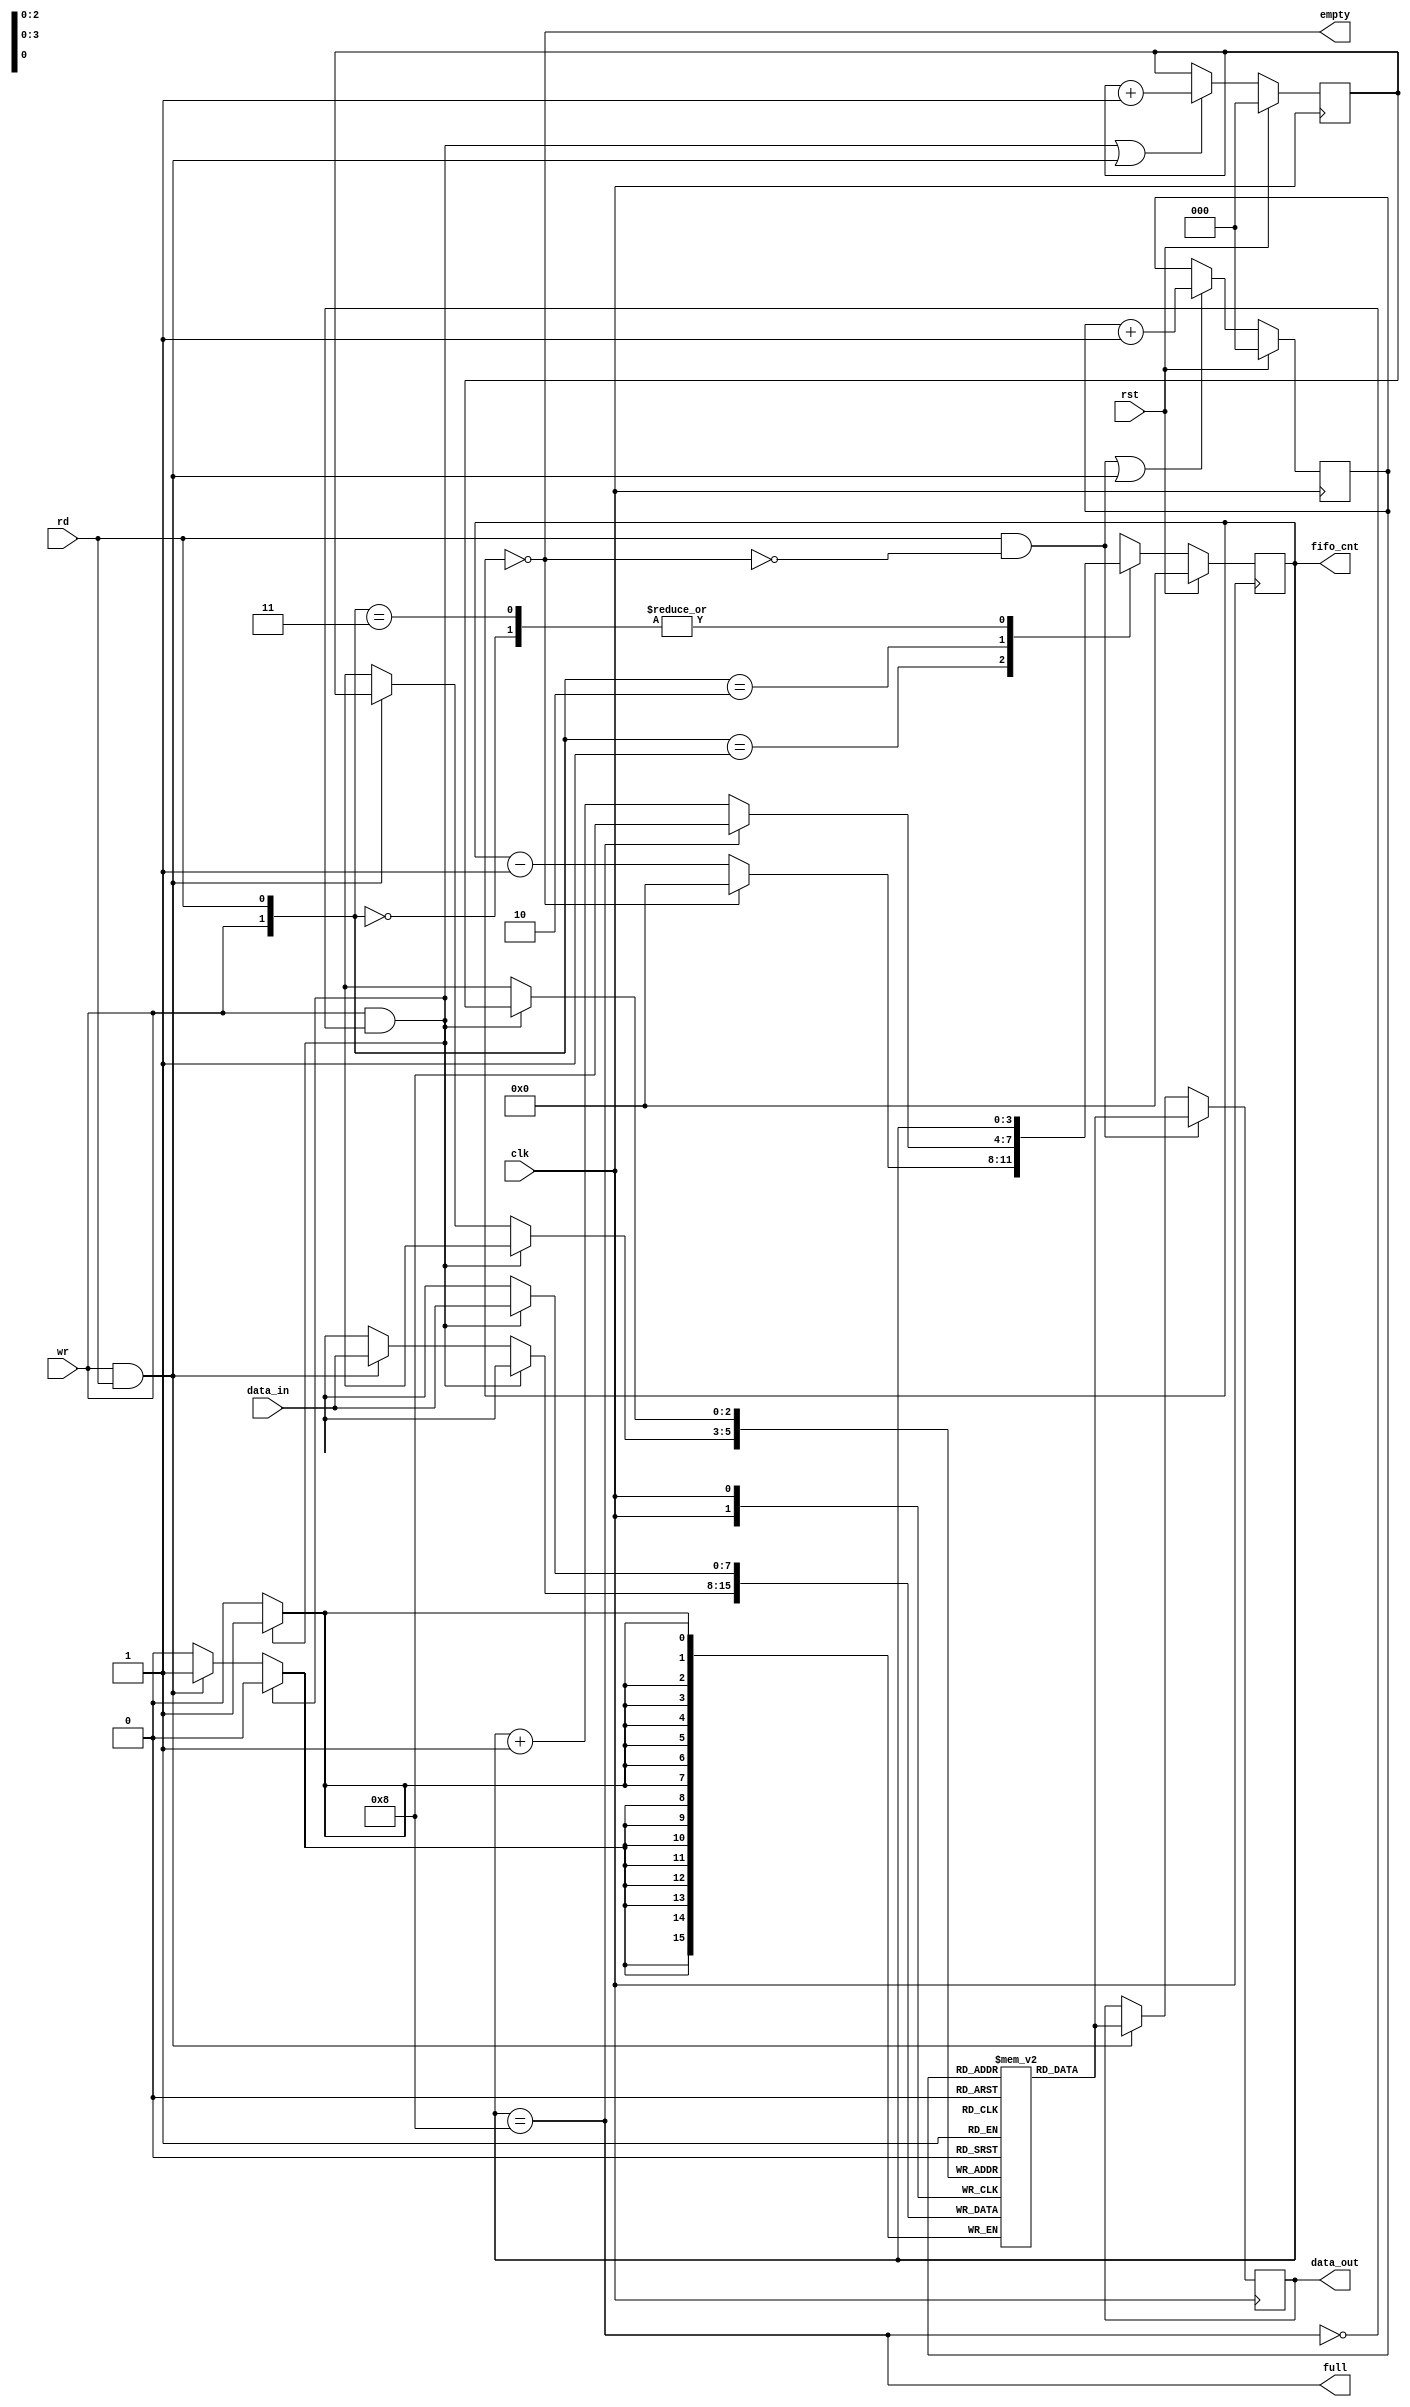
`timescale 1ns / 1ps
//////////////////////////////////////////////////////////////////////////////////
// Company: 
// Engineer: 
// 
// Design Name:  Synchronous FIFO
// Module Name:    sync_fifo 
// Author Name: Ummidi Chandrika
//////////////////////////////////////////////////////////////////////////////////

module sync_fifo (input [7:0] data_in, input clk, rst, rd, wr,
output empty, full, output reg [3:0]fifo_cnt,
output reg [7:0] data_out);


reg [7:0] fifo_ram [0:7];
reg [2:0] rd_ptr, wr_ptr;
assign empty= (fifo_cnt==0);
assign full =(fifo_cnt==8);
always @(posedge clk) begin: write
if (wr && ! full)
fifo_ram [wr_ptr] <= data_in;
else if (wr && rd)
fifo_ram [wr_ptr] <= data_in;
end

//Read and Write Clock
always @ (posedge clk) begin: read
if (rd && !empty)
data_out <= fifo_ram [rd_ptr];
else if (rd && wr)
data_out <= fifo_ram [rd_ptr];
end



//pointer block
always @(posedge clk) begin: pointer
if (rst) begin
wr_ptr <= 0;
rd_ptr <= 0;
end 
else begin
wr_ptr <= ((wr && ! full) || (wr && rd)) ? wr_ptr+1 :
wr_ptr;
rd_ptr <= ((rd && !empty) || (wr && rd)) ? rd_ptr+1:
rd_ptr;
end
end

//counter
always @(posedge clk) begin: count
if (rst) fifo_cnt <= 0;
else begin
case ({wr, rd})
2'b00: fifo_cnt <= fifo_cnt;
2'b01: fifo_cnt <= (fifo_cnt==0) ? 0: fifo_cnt-1;
2'b10: fifo_cnt <= (fifo_cnt==8) ? 8: fifo_cnt+1;
2'b11 : fifo_cnt <= fifo_cnt;
default: fifo_cnt <= fifo_cnt;
endcase
end
end
endmodule